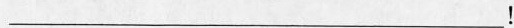
___!